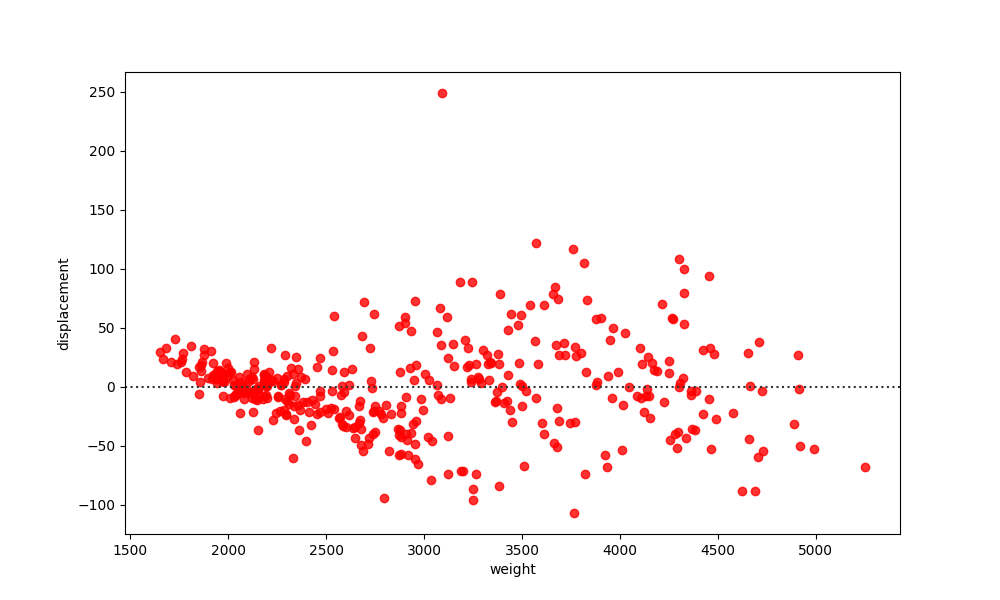
python, seaborn, residplot, lowess=False, scatter_color=red